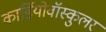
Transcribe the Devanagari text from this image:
कार्डियोवॉस्कुलर